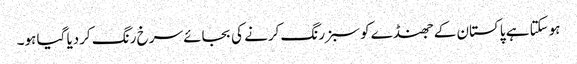
ہوسکتا ہے پاکستان کے جھنڈے کو سبز رنگ کرنے کی بجائے سرخ رنگ کردیا گیا ہو۔